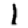
Digit: 1